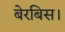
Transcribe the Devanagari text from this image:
बेरबिस।